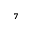
^ { 7 }